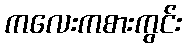
ကလေးကစားကွင်း